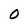
Character: O